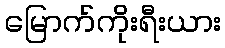
မြောက်ကိုးရီးယား